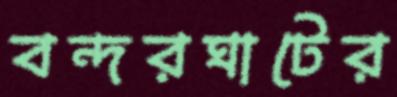
বন্দরঘাটের